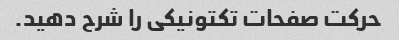
حرکت صفحات تکتونیکی را شرح دهید.